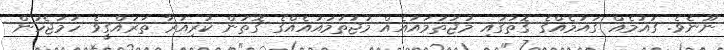
ނޫނެވެ. ގައުމެއް ގައުމެއްގެ ގޮތުގައި މުޖުތަމައުއެއް މުޖުތަމައުއެއްގެ ގޮތުން ކުރިއަރާ ތަރައްގީވެ ހަމަޖެހުން